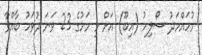
މުހައްމަދު ސޯލިހު (އިބޫ) އަށް މި މަހުގެ 23 ވަނަ ދުވަހު ބާއްވާ